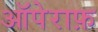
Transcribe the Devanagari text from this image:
ऑपेराफ़